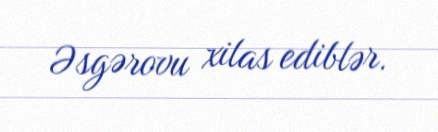
Əsgərovu xilas ediblər.